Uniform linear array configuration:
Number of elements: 32
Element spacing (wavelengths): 0.25
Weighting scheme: kaiser
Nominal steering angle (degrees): -45
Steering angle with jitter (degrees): -44.981
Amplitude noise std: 0.05
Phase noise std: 0.05

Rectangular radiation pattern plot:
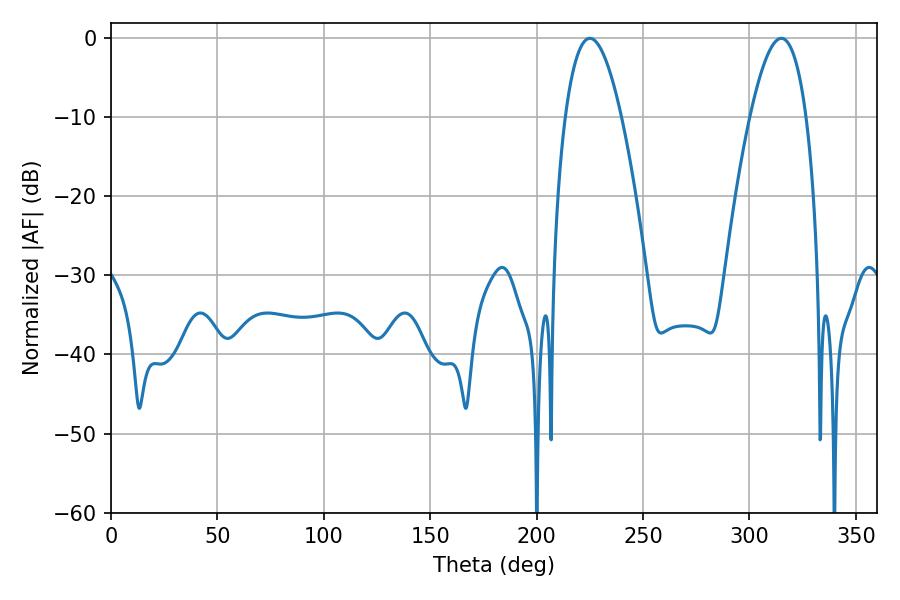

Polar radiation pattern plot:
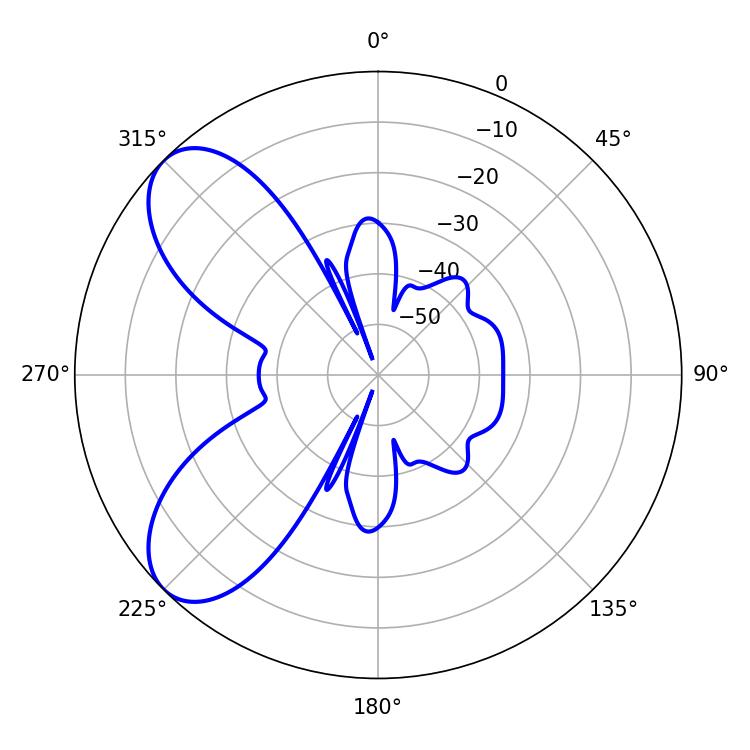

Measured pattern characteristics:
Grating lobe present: FALSE
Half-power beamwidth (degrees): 14.4
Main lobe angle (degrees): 225